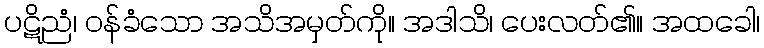
ပဋိညံ၊ ဝန်ခံသော အသိအမှတ်ကို။ အဒါသိ၊ ပေးလတ်၏။ အထခေါ၊